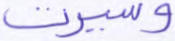
وسيرت